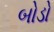
બોડો